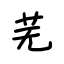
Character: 芜